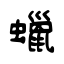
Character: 蠟